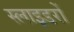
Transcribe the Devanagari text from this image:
स्लाइडरों